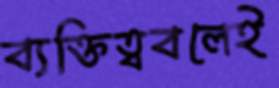
ব্যক্তিত্ববলেই